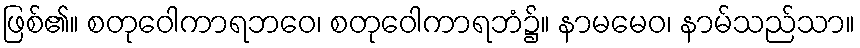
ဖြစ်၏။ စတုဝေါကာရဘဝေ၊ စတုဝေါကာရဘံ၌။ နာမမေဝ၊ နာမ်သည်သာ။